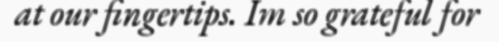
at our fingertips. Im so grateful for